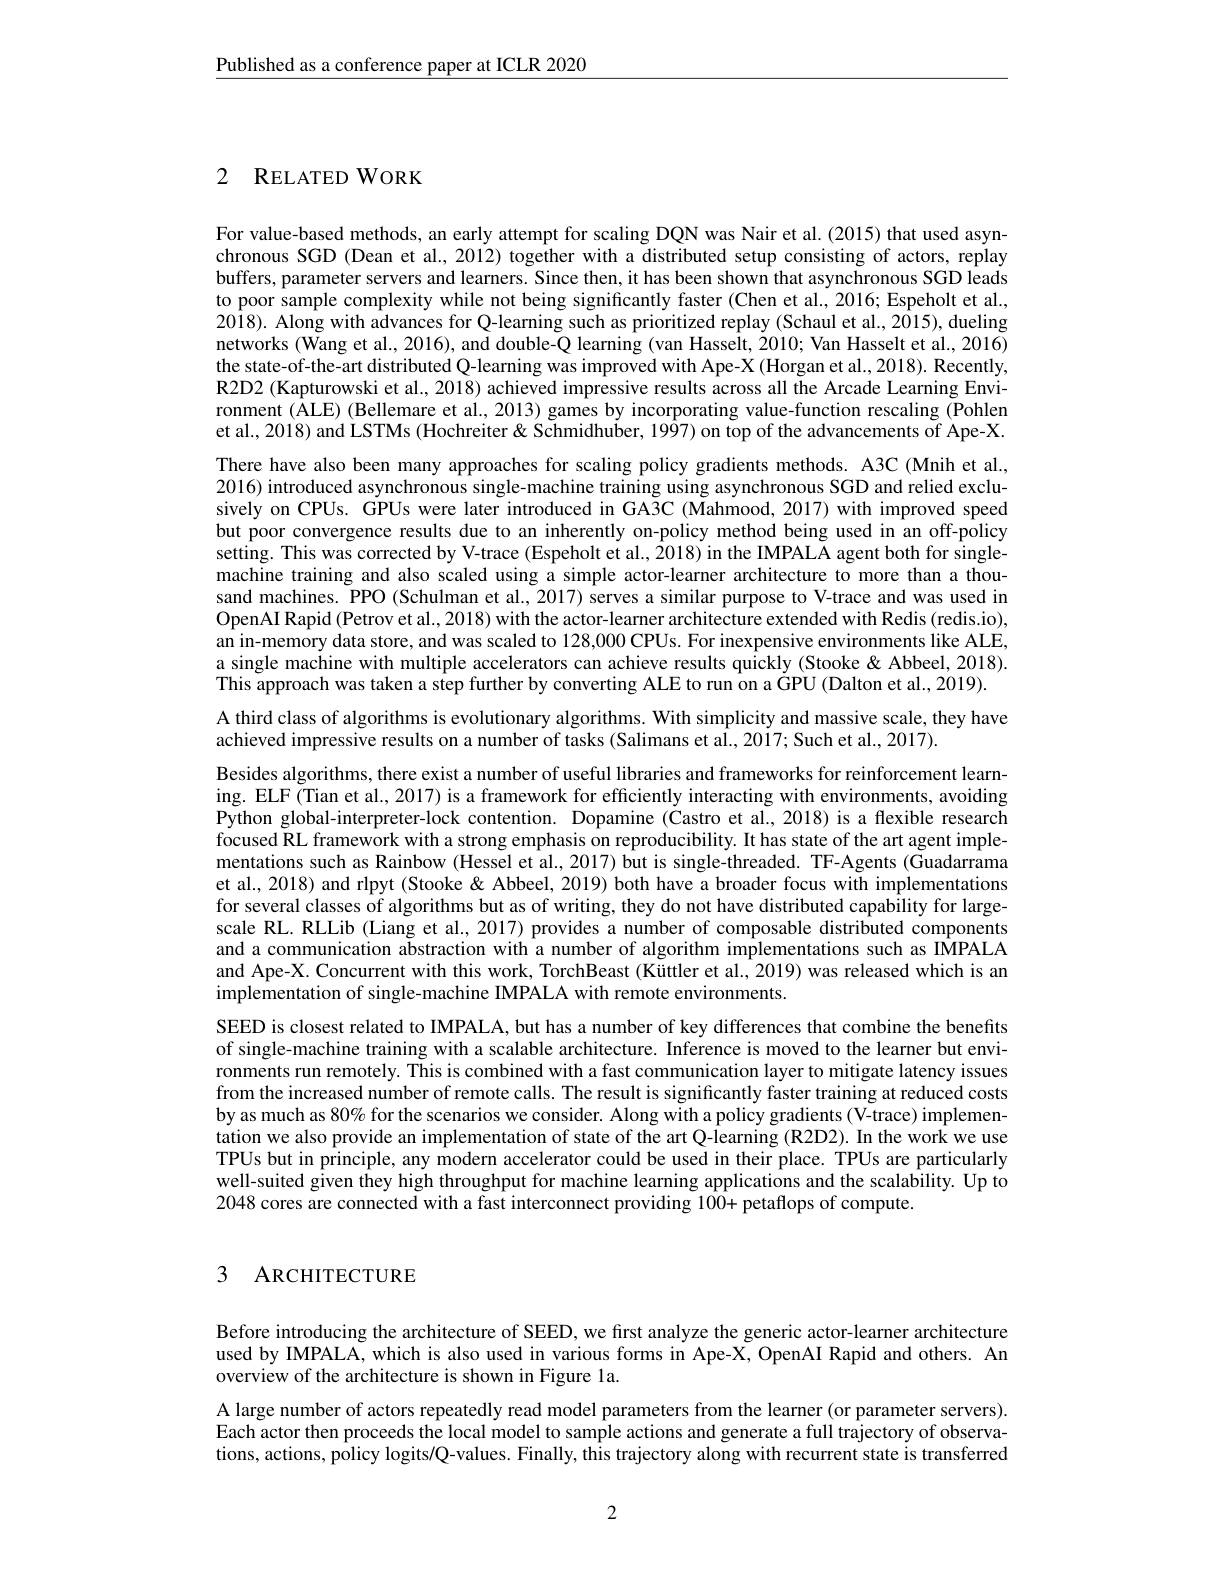
$\underline{\text{Published as a conference paper at ICLR 2020}}$

2 RELATED WORK

For value-based methods, an early attempt for scaling DQN was Nair et al.(2015) that used asynchronous SGD (Dean et al., 2012) together with a distributed setup consisting of actors, replay buffers, parameter servers and learners. Since then, it has been shown that asynchronous SGD leads to poor sample complexity while not being significantly faster (Chen et al., 2016; Espeholt et al., 2018). Along with advances for Q-learning such as prioritized replay (Schaul et al., 2015), dueling networks (Wang et al., 2016), and double-Q learning (van Hasselt, 2010; Van Hasselt et al., 2016) the state-of-the-art distributed Q-learning was improved with Ape-X (Horgan et al., 2018). Recently, R2D2 (Kapturowski et al., 2018) achieved impressive results across all the Arcade Learning Environment (ALE) (Bellemare et al., 2013) games by incorporating value-function rescaling (Pohlen et al., 2018) and LSTMs (Hochreiter& Schmidhuber, 1997) on top of the advancements of Ape-X. There have also been many approaches for scaling policy gradients methods. A3C (Mnih et al., 2016) introduced asynchronous single-machine training using asynchronous SGD and relied exclusively on CPUs. GPUs were later introduced in GA3C (Mahmood, 2017) with improved speed but poor convergence results due to an inherently on-policy method being used in an off-policy setting. This was corrected by V-trace (Espeholt et al., 2018) in the IMPALA agent both for singlemachine training and also scaled using a simple actor-learner architecture to more than a thousand machines. PPO (Schulman et al., 2017) serves a similar purpose to V-trace and was used in OpenAI Rapid ( Petrov et al. , 2018) with the actor- learner architecture extended with Redis ( redis. io) , an in-memory data store, and was scaled to 128,000 CPUs. For inexpensive environments like ALE, a single machine with multiple accelerators can achieve results quickly (Stooke & Abbeel, 2018). This approach was taken a step further by converting ALE to run on a GPU (Dalton et al., 2019). A third class of algorithms is evolutionary algorithms. With simplicity and massive scale, they have
achieved impressive results on a number of tasks (Salimans et al., 2017; Such et al., 2017).
Besides algorithms, there exist a number of useful libraries and frameworks for reinforcement learning. ELF (Tian et al., 2017) is a framework for efficiently interacting with environments, avoiding Python global-interpreter-lock contention. Dopamine (Castro et al.,2018) is a flexible research focused RL framework with a strong emphasis on reproducibility. It has state of the art agent implementations such as Rainbow (Hessel et al., 2017) but is single-threaded. TF-Agents (Guadarrama et al., 2018) and rlpyt (Stooke & Abbeel, 2019) both have a broader focus with implementations for several classes of algorithms but as of writing, they do not have distributed capability for largescale RL. RLLib (Liang et al., 2017) provides a number of composable distributed components and a communication abstraction with a number of algorithm implementations such as IMPALA and Ape-X. Concurrent with this work, TorchBeast (Küttler et al., 2019) was released which is an implementation of single-machine IMPALA with remote environments.
SEED is closest related to IMPALA, but has a number of key differences that combine the benefits of single-machine training with a scalable architecture. Inference is moved to the learner but environments run remotely. This is combined with a fast communication layer to mitigate latency issues from the increased number of remote calls. The result is significantly faster training at reduced costs by as much as $80\%$ for the scenarios we consider. Along with a policy gradients (V-trace) implementation we also provide an implementation of state of the art Q-learning (R2D2). In the work we use TPUs but in principle, any modern accelerator could be used in their place. TPUs are particularly well-suited given they high throughput for machine learning applications and the scalability. Up to 2048 cores are connected with a fast interconnect providing 100+ petaflops of compute.

## 3 ARCHITECTURE

Before introducing the architecture of SEED, we first analyze the generic actor-learner architecture used by IMPALA, which is also used in various forms in Ape-X, OpenAI Rapid and others. An overview of the architecture is shown in Figure la.
A large number of actors repeatedly read model parameters from the learner (or parameter servers). Each actor then proceeds the local model to sample actions and generate a full trajectory of observations, actions, policy logits/Q-values. Finally, this trajectory along with recurrent state is transferred

2